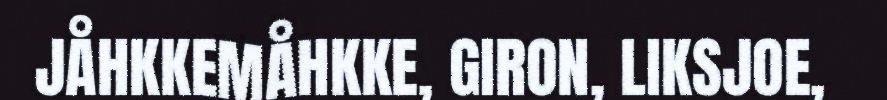
JÅHKKEMÅHKKE, GIRON, LIKSJOE,